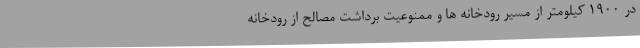
در 1900 کیلومتر از مسیر رودخانه ها و ممنوعیت برداشت مصالح از رودخانه